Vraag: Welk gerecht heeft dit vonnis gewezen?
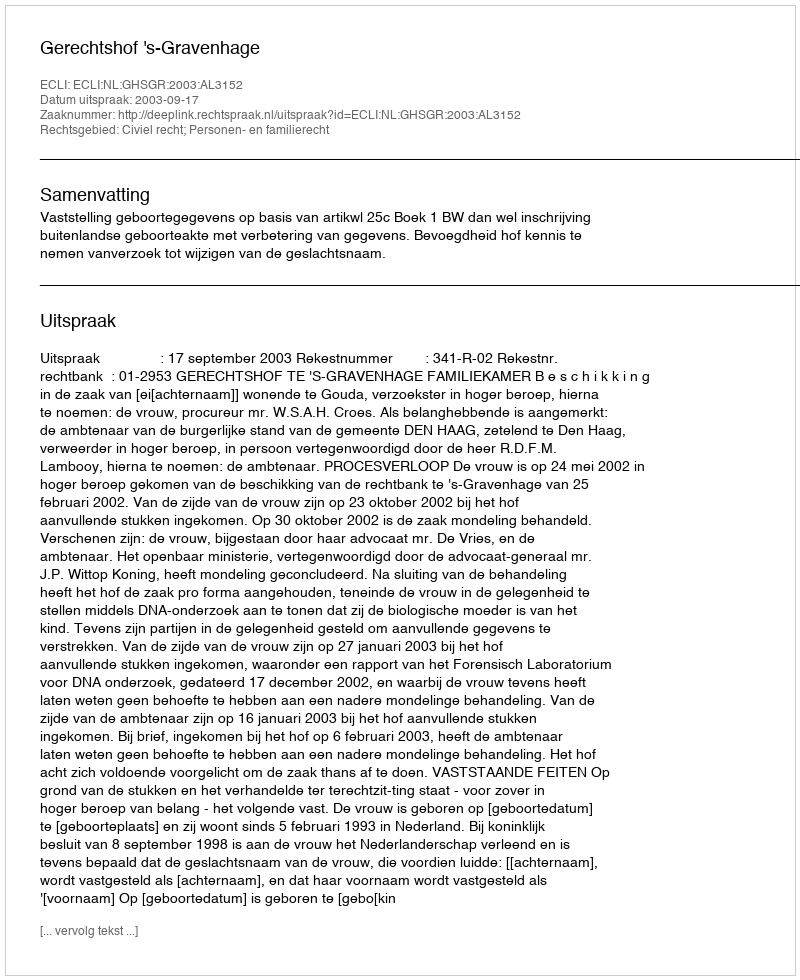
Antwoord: Gerechtshof 's-Gravenhage